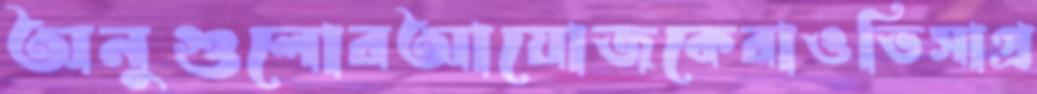
অনুগুলোরআয়োজকেরাওভিসাপ্র